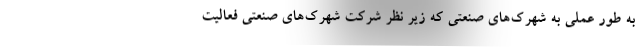
به طور عملی به شهرک‌های صنعتی که زیر نظر شرکت شهرک‌های صنعتی فعالیت